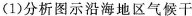
(1)分析图示沿海地区气候干